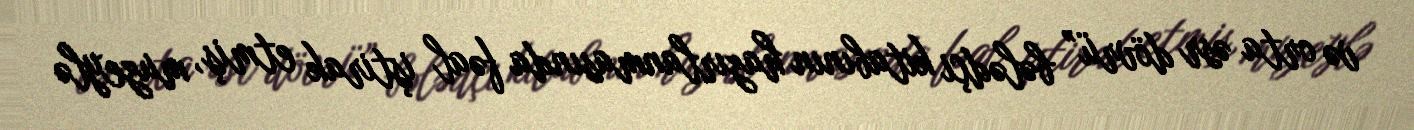
və orta əsr dövrü” bələdçi kitabının hazırlanmasında fəal iştirak etmiş, muzeylə